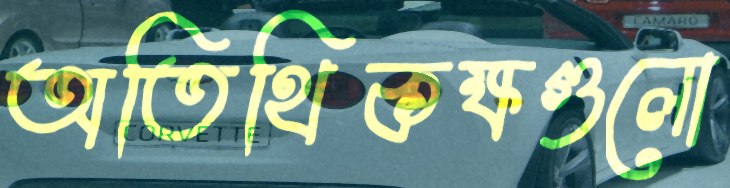
অতিথিকক্ষগুলো